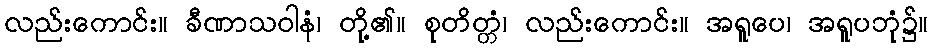
လည်းကောင်း။ ခီဏာသဝါနံ၊ တို့၏။ စုတိတ္တံ၊ လည်းကောင်း။ အရူပေ၊ အရူပဘုံ၌။